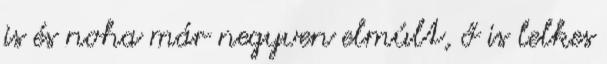
is és noha már negyven elmúlt, ő is lelkes